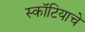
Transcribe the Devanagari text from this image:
स्कॉटियाचे